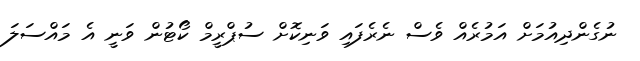
ނުގެންދިއުމަށް އަމުރެއް ވެސް ނެރެފައި ވަނިކޮށް ސުޕްރީމް ކޯޓުން ވަނީ އެ މައްސަލަ